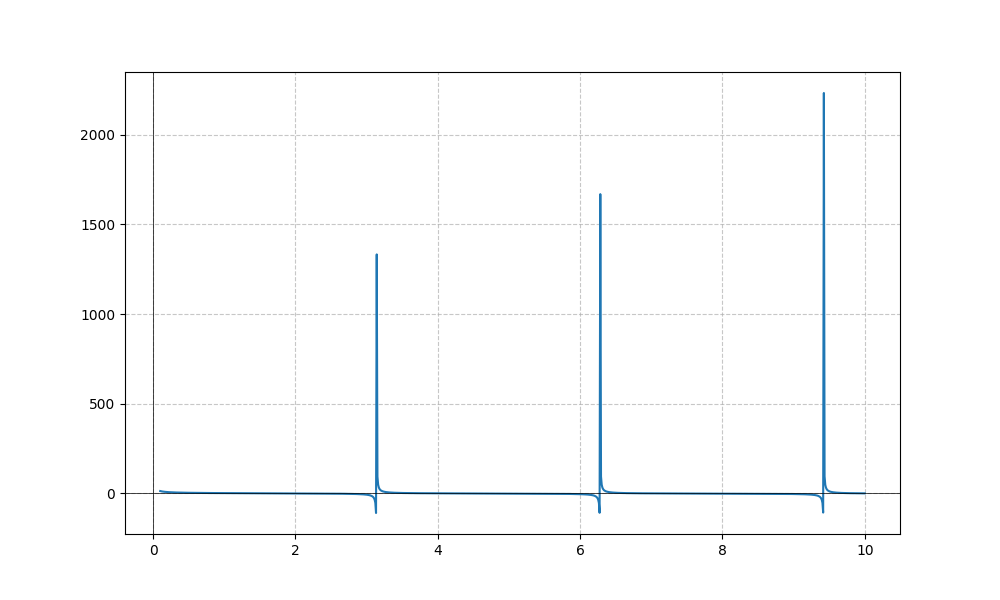
LaTeX formula: - \log{\left(x \right)} + \cot{\left(x \right)}